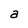
Character: a